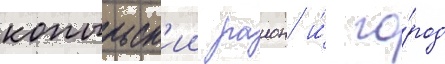
копыльск'ии раион и́ го́род